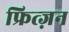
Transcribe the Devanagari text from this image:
फ्रित्ज़न